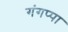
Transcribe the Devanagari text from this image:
गंगप्पा